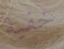
خفية